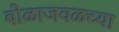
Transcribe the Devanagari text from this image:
बोळाजवळच्या